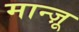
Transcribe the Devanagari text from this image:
मान्ज़ू